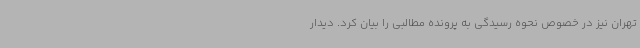
تهران نیز در خصوص نحوه رسیدگی به پرونده مطالبی را بیان کرد. دیدار